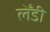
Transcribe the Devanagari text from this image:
लेँडी